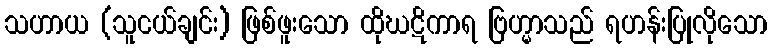
သဟာယ (သူငယ်ချင်း) ဖြစ်ဖူးသော ထိုဃဋိကာရ ဗြဟ္မာသည် ရဟန်းပြုလိုသော